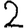
Digit: 2